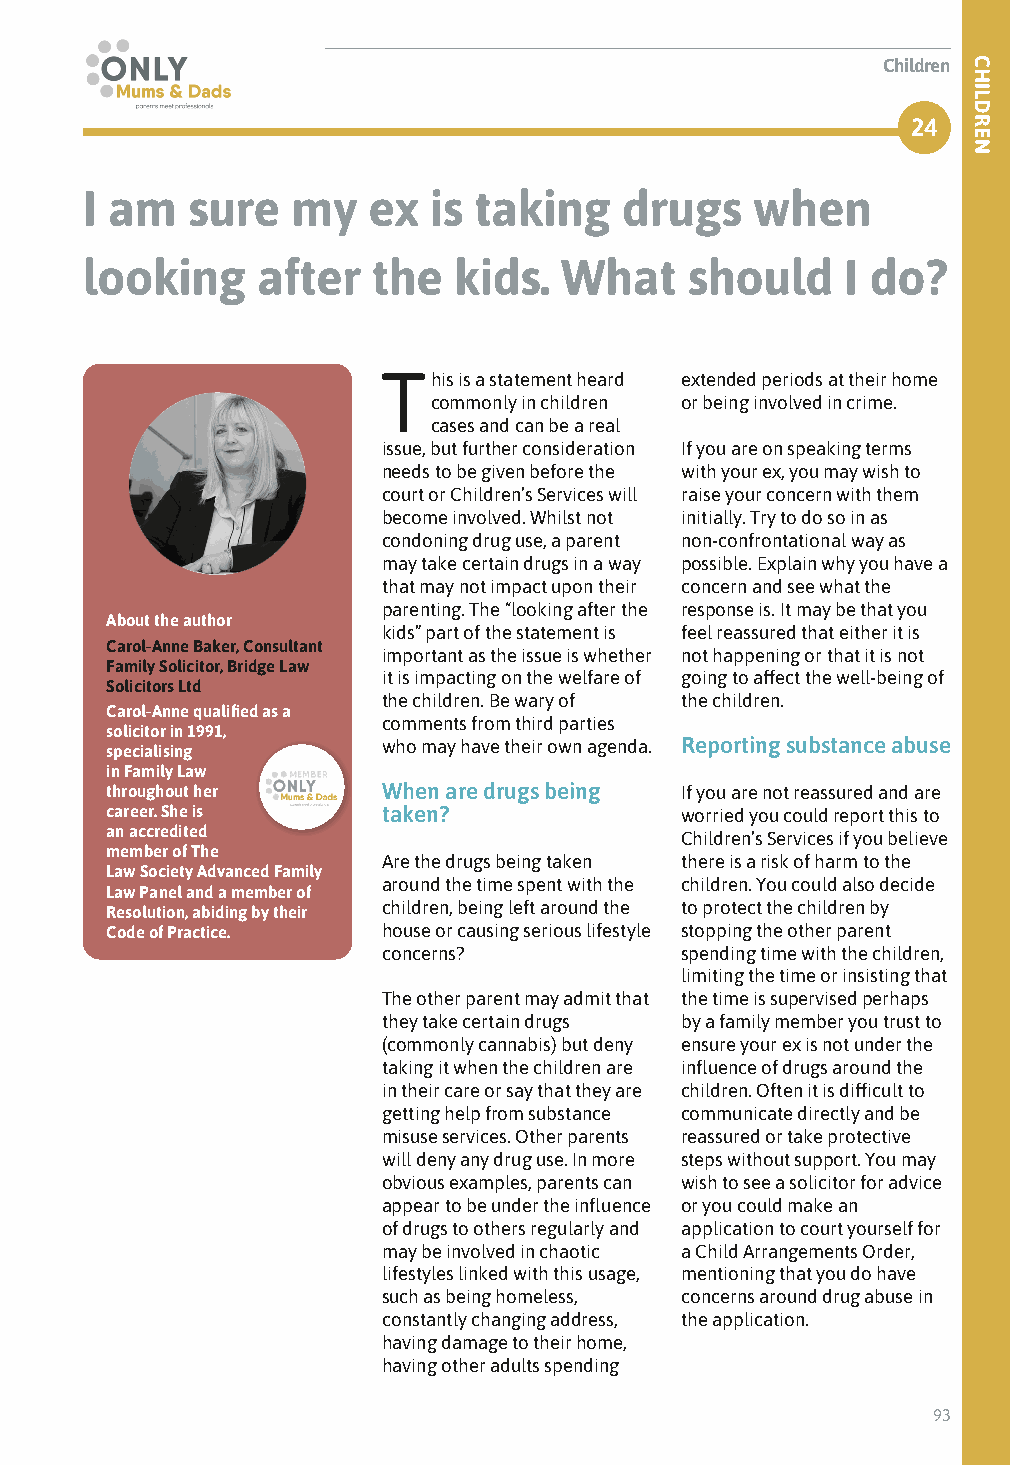
Children
 24
 I am   sure   my   ex  is taking    drugs    when
 looking     after   the  kids.  What     should    I do?
 This is a statement heard extended periods at their home
 commonly in children or being involved in crime.
 cases and can be a real
 issue, but further consideration If you are on speaking terms
 needs to be given before the with your ex, you may wish to
 court or Children’s Services will raise your concern with them
 become involved. Whilst not initially. Try to do so in as
 condoning drug use, a parent non-confrontational way as
 may take certain drugs in a way possible. Explain why you have a
 that may not impact upon their concern and see what the
 parenting. The “looking after the response is. It may be that you
 About the author
 kids” part of the statement is feel reassured that either it is
 Carol-Anne Baker, Consultant
 important as the issue is whether not happening or that it is not
 Family Solicitor, Bridge Law
 it is impacting on the welfare of going to affect the well-being of
 Solicitors Ltd
 the children. Be wary of the children.
 Carol-Anne qualified as a
 comments from third parties
 solicitor in 1991,
 specialising      who may have their own agenda. Reporting substance abuse
 in Family Law
 throughout her    When are drugs being If you are not reassured and are
 career. She is    taken?              worried you could report this to
 an accredited                         Children’s Services if you believe
 member of The
 Are the drugs being taken there is a risk of harm to the
 Law Society Advanced Family
 around the time spent with the children. You could also decide
 Law Panel and a member of
 Resolution, abiding by their children, being left around the to protect the children by
 Code of Practice. house or causing serious lifestyle stopping the other parent
 concerns?           spending time with the children,
 limiting the time or insisting that
 The other parent may admit that the time is supervised perhaps
 they take certain drugs by a family member you trust to
 (commonly cannabis) but deny ensure your ex is not under the
 taking it when the children are influence of drugs around the
 in their care or say that they are children. Often it is difficult to
 getting help from substance communicate directly and be
 misuse services. Other parents reassured or take protective
 will deny any drug use. In more steps without support. You may
 obvious examples, parents can wish to see a solicitor for advice
 appear to be under the influence or you could make an
 of drugs to others regularly and application to court yourself for
 may be involved in chaotic a Child Arrangements Order,
 lifestyles linked with this usage, mentioning that you do have
 such as being homeless, concerns around drug abuse in
 constantly changing address, the application.
 having damage to their home,
 having other adults spending
 93
 CHILDREN